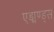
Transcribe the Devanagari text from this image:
एड्मण्ड्स